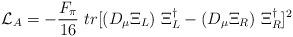
LaTeX: \begin{align*}{\cal{L}}_A= -\frac{F_\pi}{16}~tr[(D_\mu \Xi_L)~\Xi_L^\dag - (D_\mu \Xi_R)~\Xi_R^\dag]^2\end{align*}